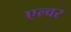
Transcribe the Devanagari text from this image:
एल्वर